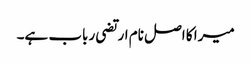
میرا کا اصل نام ارتضی رباب ہے۔